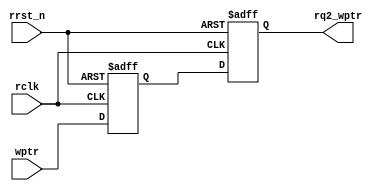
`timescale 1ns / 1ps
//////////////////////////////////////////////////////////////////////////////////
// Company: 
// Engineer: 
// 
// Design Name: 
// Module Name: sync_w2r
// Project Name: 
// Target Devices: 
// Tool Versions: 
// Description: 
// 
// Dependencies: 
// 
// Revision:
// Revision 0.01 - File Created
// Additional Comments:
// 
//////////////////////////////////////////////////////////////////////////////////


module sync_w2r #(parameter ADDRSIZE = 4)
(output reg [ADDRSIZE:0] rq2_wptr,
input      [ADDRSIZE:0] wptr,
input                   rclk, rrst_n);

reg [ADDRSIZE:0] rq1_wptr;

always @(posedge rclk or negedge rrst_n)
if (!rrst_n) {rq2_wptr,rq1_wptr} <= 0;
else         {rq2_wptr,rq1_wptr} <= {rq1_wptr,wptr};
endmodule